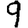
Digit: 9